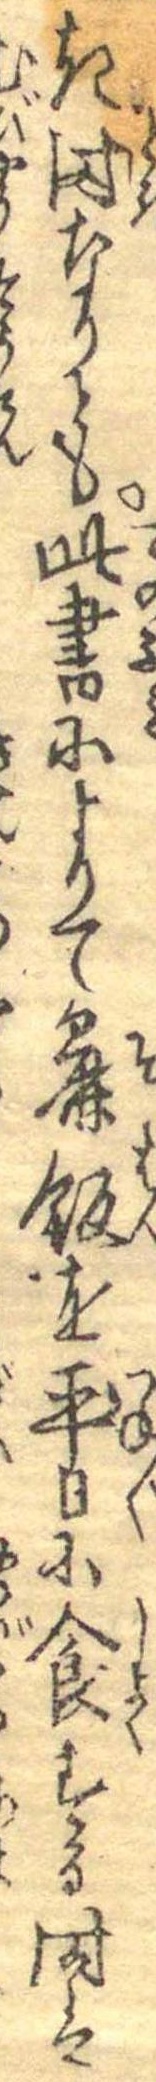
き時なりとも此書によりて麁飯を平日に食すたる時は